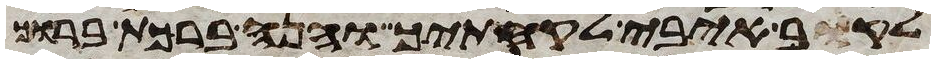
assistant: לקב איבי לקחתיך והנה ברכת ברוך